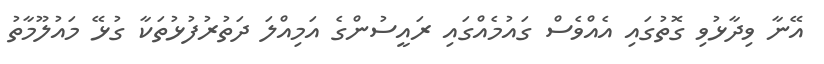
އޭނާ ވިދާޅުވި ގޮތުގައި އެއްވެސް ގައުމެއްގައި ރައީސުންގެ އަމިއްލަ ދަތުރުފުޅުތަކާ ގުޅޭ މައުލޫމާތު